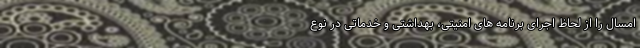
امسال را از لحاظ اجرای برنامه های امنیتی، بهداشتی و خدماتی در نوع